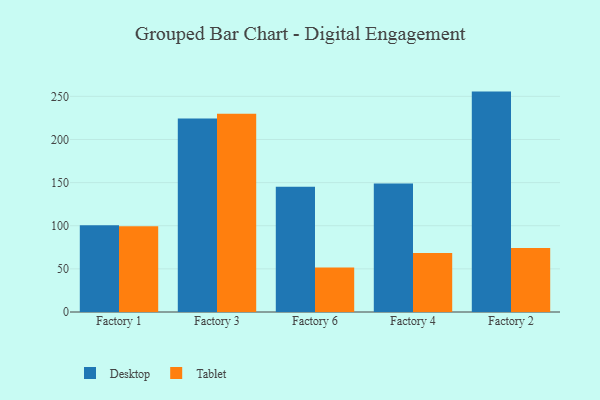
{"axis": {"x": "Factory", "y": "Net Income (USD K)"}, "legend": ["Desktop", "Tablet"], "data": [{"x": "Factory 1", "y": 100.5, "type": "Desktop"}, {"x": "Factory 1", "y": 99.4, "type": "Tablet"}, {"x": "Factory 3", "y": 224.2, "type": "Desktop"}, {"x": "Factory 3", "y": 229.9, "type": "Tablet"}, {"x": "Factory 6", "y": 145.1, "type": "Desktop"}, {"x": "Factory 6", "y": 51.5, "type": "Tablet"}, {"x": "Factory 4", "y": 149.0, "type": "Desktop"}, {"x": "Factory 4", "y": 68.4, "type": "Tablet"}, {"x": "Factory 2", "y": 255.5, "type": "Desktop"}, {"x": "Factory 2", "y": 74.3, "type": "Tablet"}]}